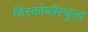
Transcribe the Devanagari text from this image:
डिस्कोब्लैस्चुला